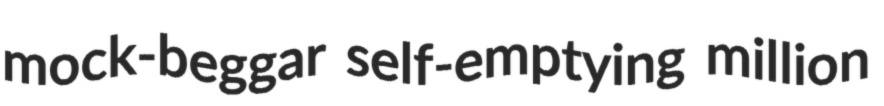
mock-beggar self-emptying million